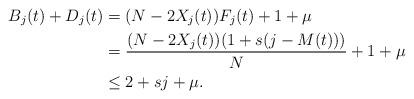
LaTeX: \begin{align*}B_j(t) + D_j(t) &= (N - 2 X_j(t))F_j(t) + 1 + \mu \\&= \frac{(N - 2X_j(t))(1 + s(j - M(t)))}{N} + 1 + \mu \\&\leq 2 + sj + \mu.\end{align*}